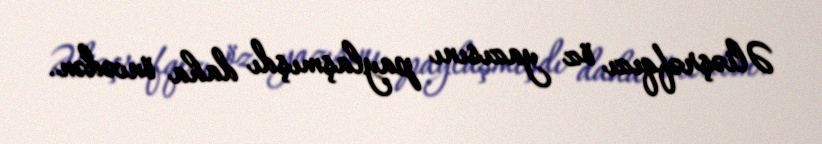
Əliəşrəfqızı öz yazısını paylaşmışdı daha öncədən.